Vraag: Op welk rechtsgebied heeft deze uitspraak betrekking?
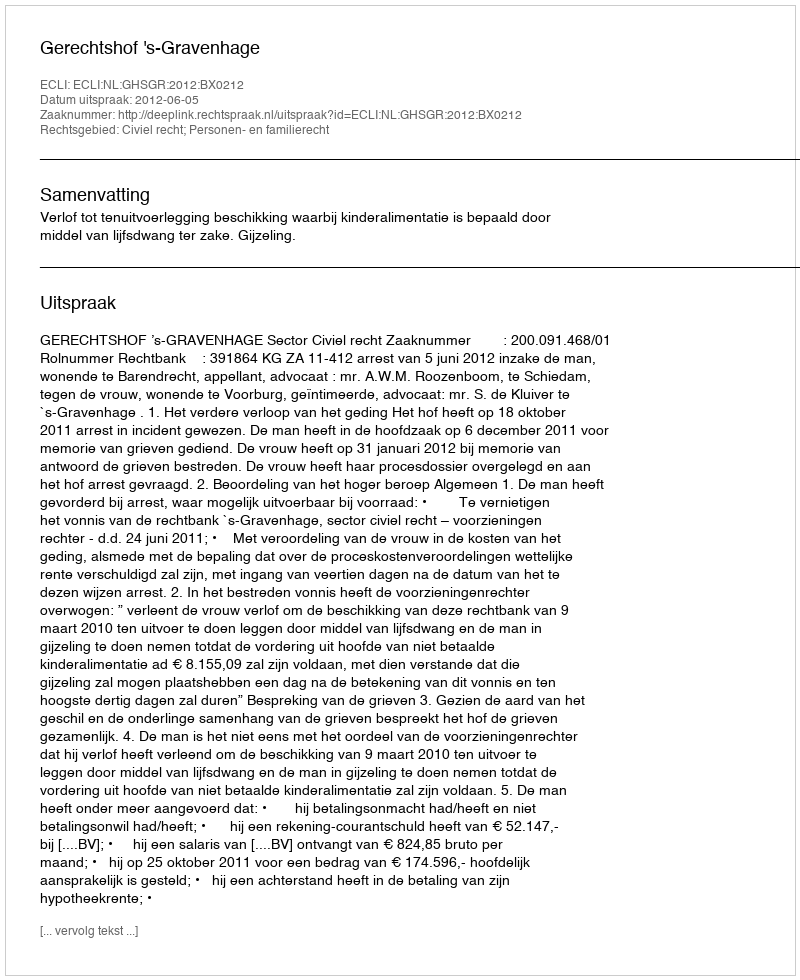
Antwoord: Civiel recht; Personen- en familierecht